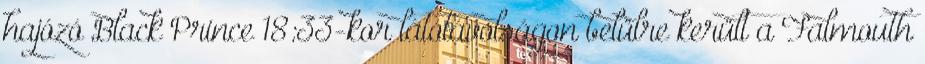
hajózó Black Prince 18:33-kor látótávolságon belülre került a Falmouth